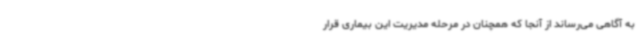
به آگاهی می‌رساند از آنجا که همچنان در مرحله مدیریت این بیماری قرار